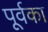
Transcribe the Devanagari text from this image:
पूर्वका